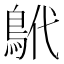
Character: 鴏